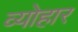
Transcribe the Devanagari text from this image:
व्योहार